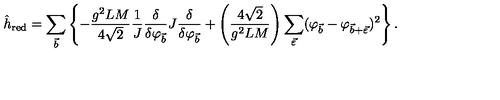
\hat { h } _ { \mathrm { r e d } } = \sum _ { \vec { b } } \left\{ - \frac { g ^ { 2 } L M } { 4 \sqrt 2 } \frac { 1 } { J } \frac { \delta } { \delta \varphi _ { \vec { b } } } J \frac { \delta } { \delta \varphi _ { \vec { b } } } + \left( \frac { 4 \sqrt 2 } { g ^ { 2 } L M } \right) \sum _ { \vec { \varepsilon } } ( \varphi _ { \vec { b } } - \varphi _ { \vec { b } + \vec { \varepsilon } } ) ^ { 2 } \right\} .